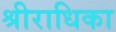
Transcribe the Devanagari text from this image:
श्रीराधिका